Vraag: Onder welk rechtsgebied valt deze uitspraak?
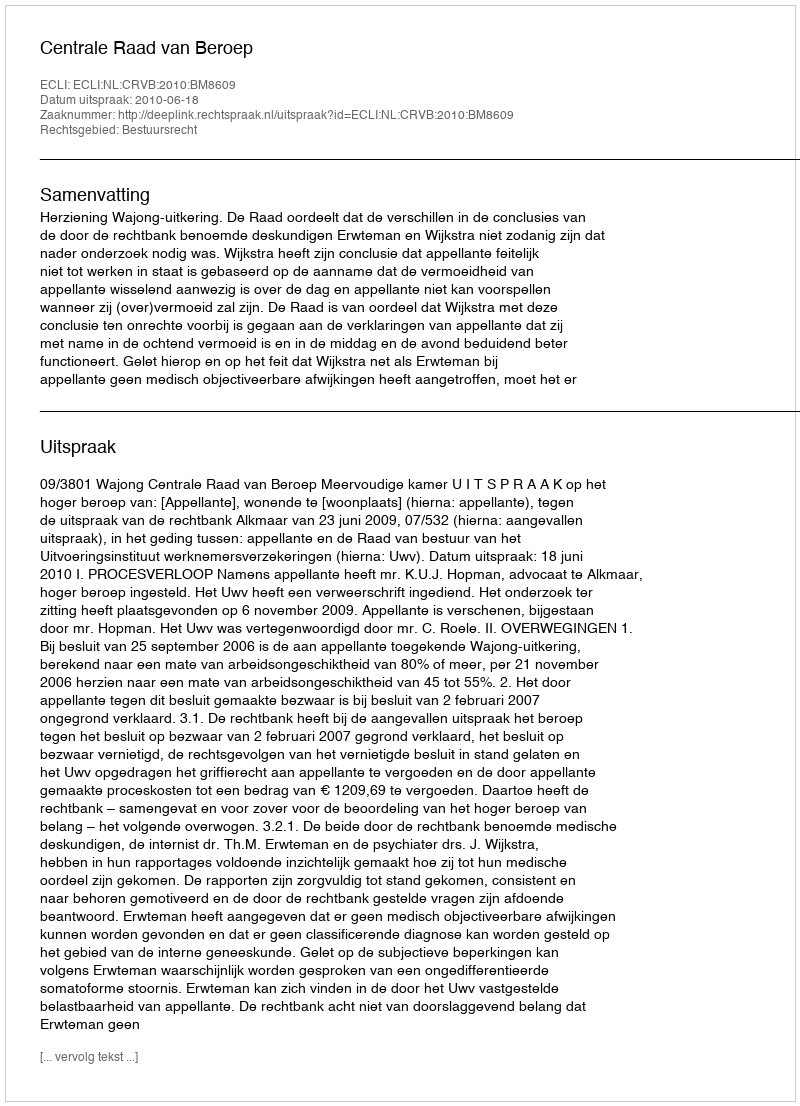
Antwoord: Bestuursrecht